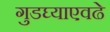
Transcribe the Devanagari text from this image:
गुडघ्याएवढे